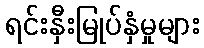
ရင်းနှီးမြုပ်နှံမှုများ